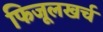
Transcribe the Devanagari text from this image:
फिजूलखर्च